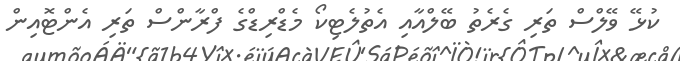
ކުޅޭ ވޭލްސް ތަރި ގެރެތު ބޭލްއާއި އެތުލެޓިކޯ މެޑްރިޑްގެ ފްރާންސް ތަރި އެންޓޮއިން